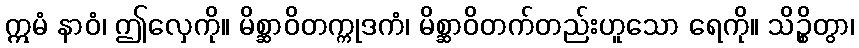
ဣမံ နာဝံ၊ ဤလှေကို။ မိစ္ဆာဝိတက္ကုဒကံ၊ မိစ္ဆာဝိတက်တည်းဟူသော ရေကို။ သိဉ္စိတွာ၊